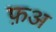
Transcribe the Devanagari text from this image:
फ़अ